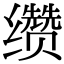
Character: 缵